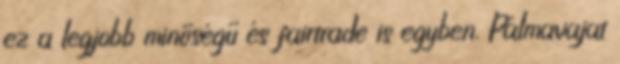
ez a legjobb minőségű és fairtrade is egyben. Pálmavajat